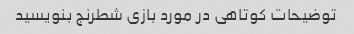
توضیحات کوتاهی در مورد بازی شطرنج بنویسید